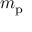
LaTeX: m _ { \mathrm { p } }